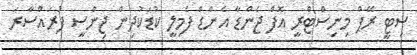
ސިޓީ ރޭޕް މިނިސްޓްރީ އޮފް ޖެންޑާ އެންޑް ފެމިލީ ކުޑަކުދިން ޖިންސީ ފުރައްސާރަ